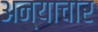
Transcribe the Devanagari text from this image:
अन्याचार